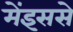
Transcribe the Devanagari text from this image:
मेंइससे